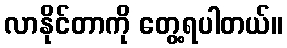
လာနိုင်တာကို တွေ့ရပါတယ်။